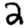
Digit: 2